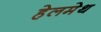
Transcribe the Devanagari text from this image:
हेलमेथ